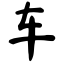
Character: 车